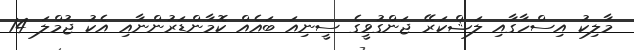
މާލިކު އިސްހާގާއި ލަޝްކަރޭ ޖަންގުވީގެ ސީނިއަ ބައެއް ކޮމާންޑަރުންނާއި އެކު ޖުމްލަ 14